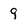
Character: 9